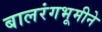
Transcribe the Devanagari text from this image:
बालरंगभूमीने